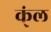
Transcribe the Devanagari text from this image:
क्ंल